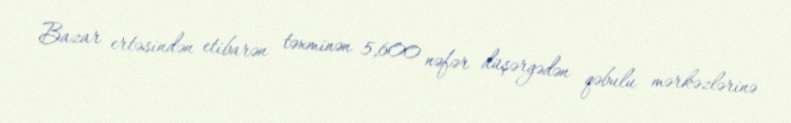
Bazar ertəsindən etibarən təxminən 5,600 nəfər düşərgədən qəbulu mərkəzlərinə